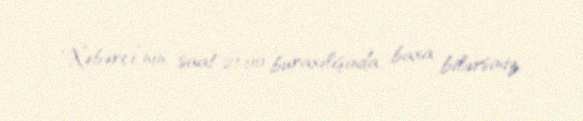
“Xəbərçi”nin saat 21:00 buraxılışında baxa bilərsiniz.